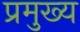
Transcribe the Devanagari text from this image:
प्रमुख्‍य